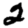
Digit: 2